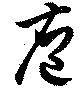
庖